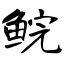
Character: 鲩